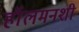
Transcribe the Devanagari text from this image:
हॉलमनशी